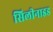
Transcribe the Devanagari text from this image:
सिलीनाइड